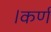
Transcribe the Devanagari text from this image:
।कर्ण